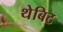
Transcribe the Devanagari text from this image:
थेबिट